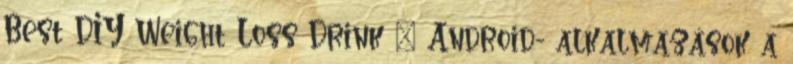
Best DIY Weight Loss Drink – Android- alkalmazások a